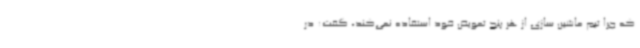
که چرا تیم ماشین سازی از هر پنج تعویض خود استفاده نمی‌کند، گفت: در